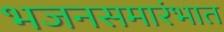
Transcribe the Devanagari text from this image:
भजनसमारंभात